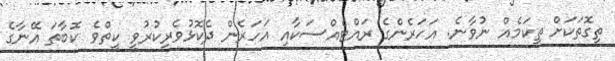
ތިގޮތަކަށް ތިކަމެއް ނުވާނެ. އަހަރެންގެ ރައްޓެއްސަކާއި އަހަރެން ދެކޮޅުވެރިކުރުވީ ކީތްވެ ކޮބާތަ އޭނާގެ